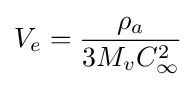
V_{e}={\frac {\rho _{a}}{3M_{v}C_{\infty }^{2}}}